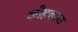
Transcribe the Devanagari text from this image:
कोहकाळ